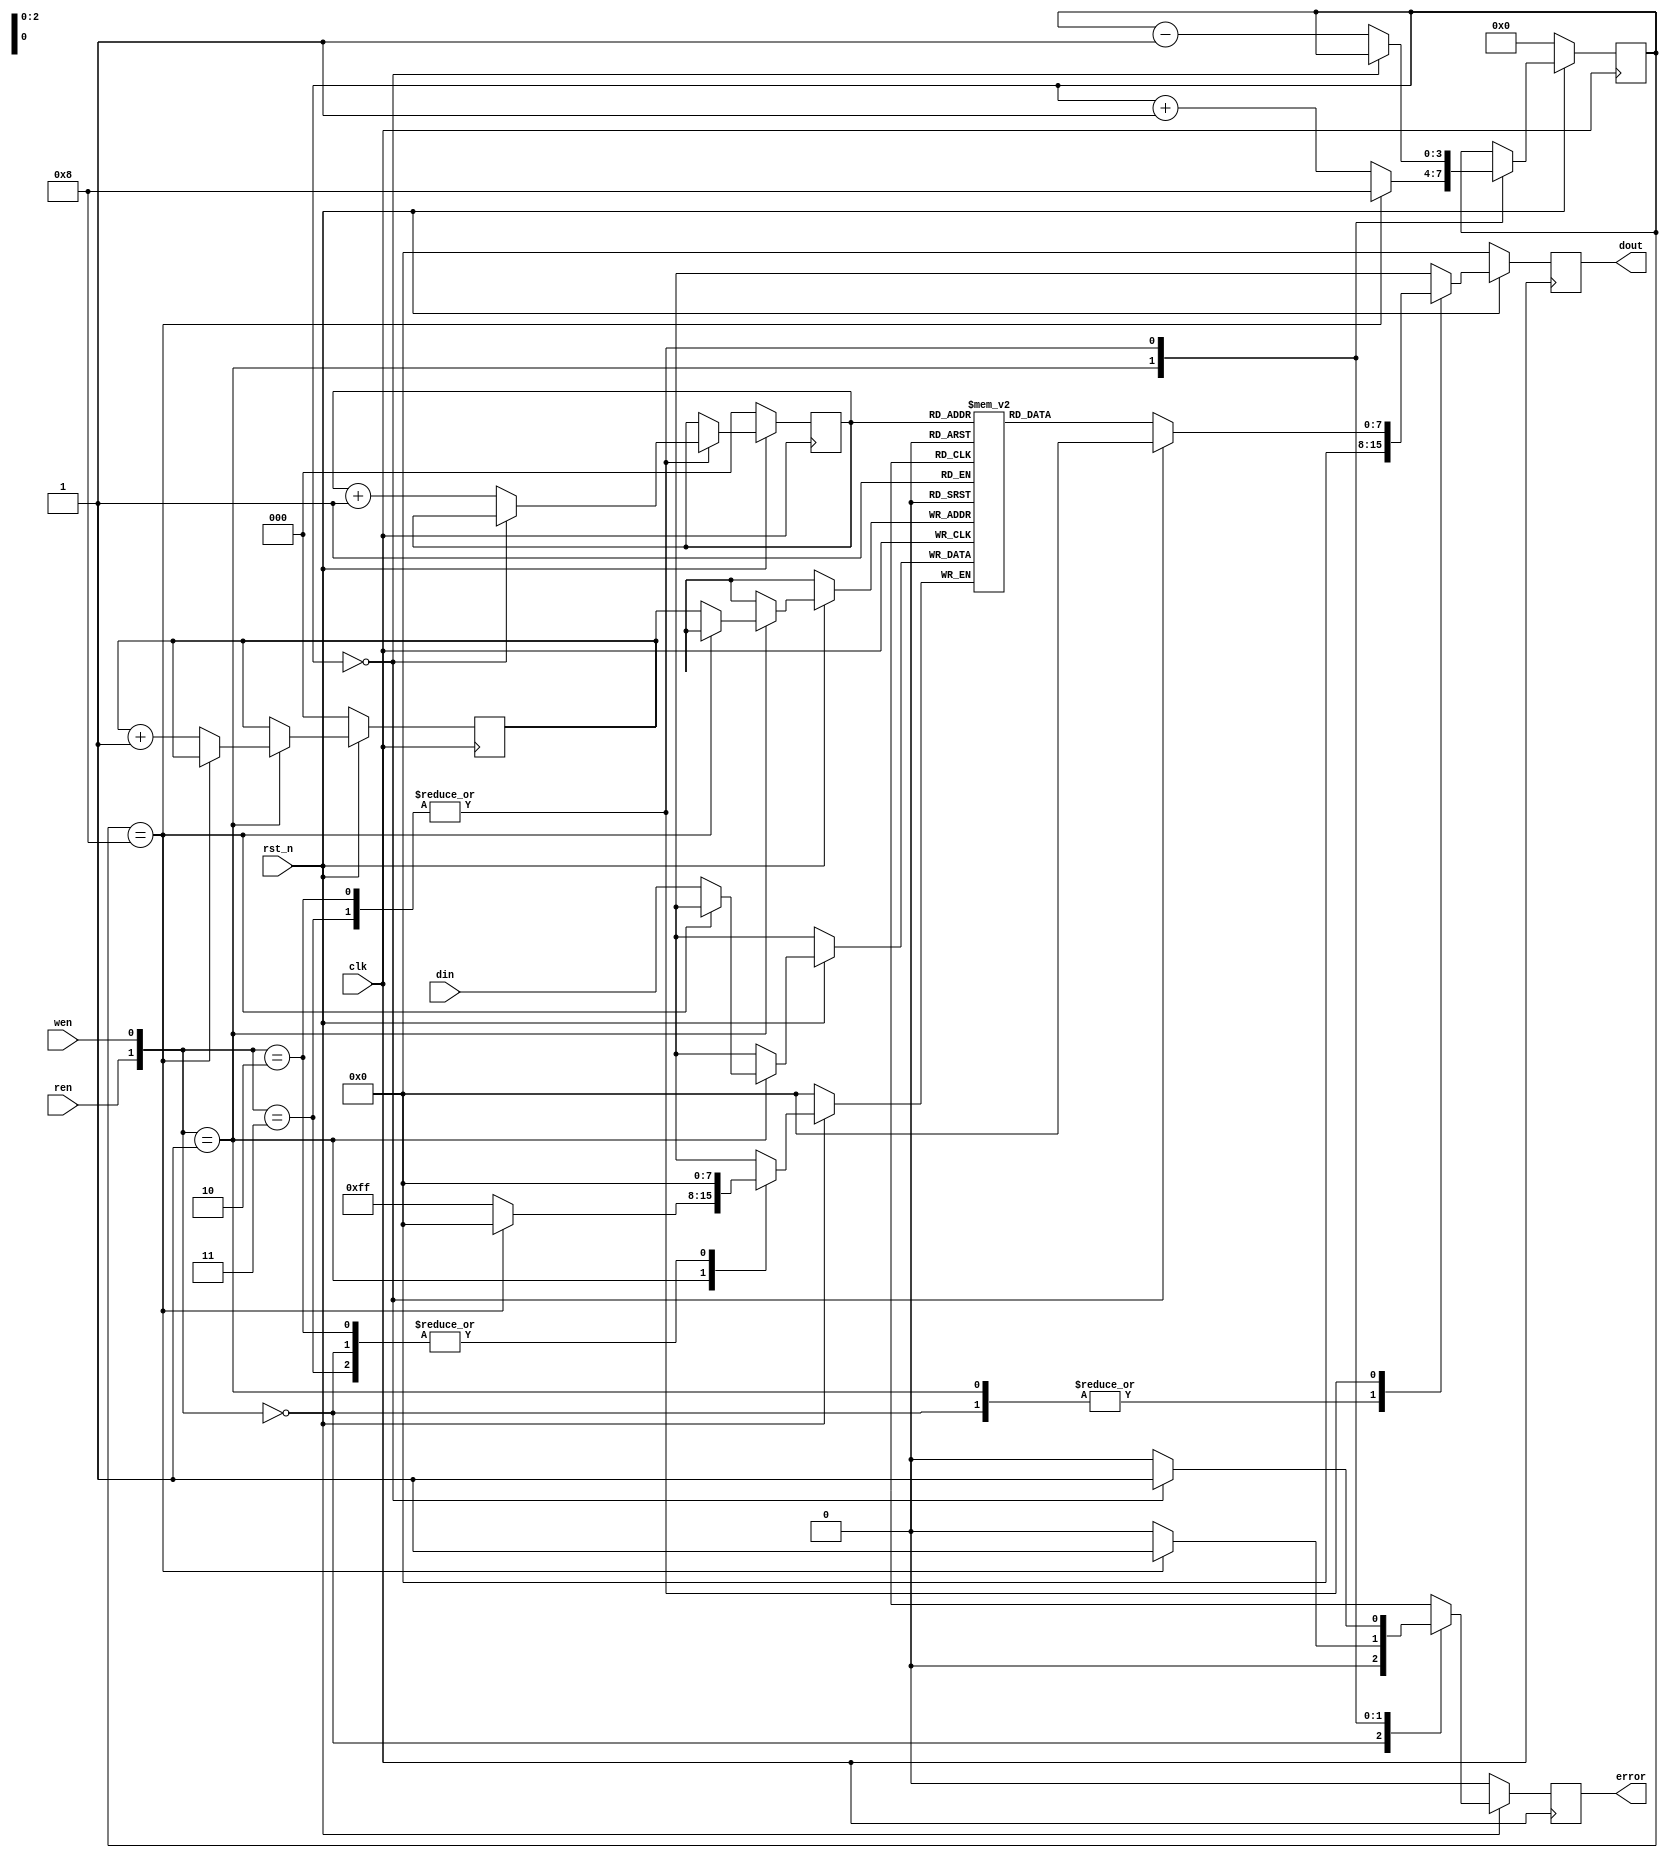
`timescale 1ns/1ps

module FIFO_8(clk, rst_n, wen, ren, din, dout, error);
input clk;
input rst_n;
input wen, ren;
input [7:0] din;
output [7:0] dout;
output error;

reg[7:0]memory[7:0];
reg [7:0] dout;

reg[2:0] ren_ptr, wen_ptr;
reg[3:0] counter; 
wire empty, full;

reg error;
    

always @(posedge clk)
    begin
        if (!rst_n) begin
            wen_ptr <= 1'd0;
            ren_ptr <= 1'd0;
            counter <= 1'd0;
            error <= 1'd0;
            dout <= 1'd0;
        end
        else begin
            case({ren, wen})
                2'b00: 
                begin
                    error <= 0;
                    dout <= 0;
                end
                2'b01:
                    begin
                        dout <= 0;
                        if(full) begin
                            error <= 1;
                            counter <= 8;
                        end
                        else begin
                            wen_ptr <= wen_ptr + 1;
                            error <= 0;
                            counter <= counter + 1;
                            memory[wen_ptr] <= din;
                        end
                    end
                2'b10:
                    begin  
                        
                        if(empty) begin 
                            error <= 1;
                            dout <= 1'b0;
                        end
                        else begin
                            ren_ptr <= ren_ptr + 1;
                            error <= 0;
                            counter <= counter - 1;
                            dout <= memory[ren_ptr];
                        end
                    end
                2'b11:
                    begin 
                        if(empty) begin 
                            error <= 1;
                            dout <= 1'b0;
                        end
                        else begin
                            ren_ptr <= ren_ptr + 1;
                            error <= 0;
                            counter <= counter - 1;
                            dout <= memory[ren_ptr];
                        end
                    end
                endcase
            end
        
    end 

assign full = (counter == 4'b1000);
assign empty = (counter == 1'b0);



endmodule